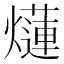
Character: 𤑞